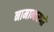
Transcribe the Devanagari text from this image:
नामान्तरणो